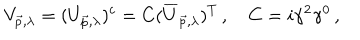
V _ { \vec { p } , \lambda } = ( U _ { \vec { p } , \lambda } ) ^ { c } = C ( \overline { { { U } } } _ { \vec { p } , \lambda } ) ^ { T } \, , \quad C = i \gamma ^ { 2 } \gamma ^ { 0 } \, ,